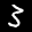
Label: 3